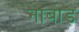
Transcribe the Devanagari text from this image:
नाबाड